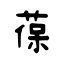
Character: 葆